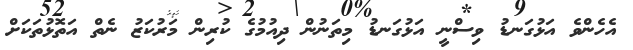
އެހެންވެ އަޅުގަނޑު ވިސްނީ އަޅުގަނޑު މިތަނުން ދިއުމުގެ ކުރިން މަރުކަޒު ނެތް އަތޮޅުތަކަށް